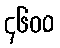
၄၆၀၀